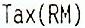
TAX(RM)